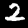
Digit: 2